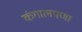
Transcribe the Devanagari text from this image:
कंगालपणा